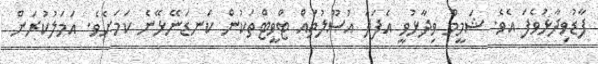
ފާޑުވިދާޅުވެފަ އެވެ. ޝަމީމް ވިދާޅުވީ އެފަދަ އުސޫލުތައް ޓްވީޓްތަކުން ކަނޑަނޭޅޭނެ ކަމަށެވެ. އަމަލުކުރަން